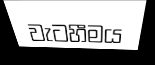
වැටහීමය